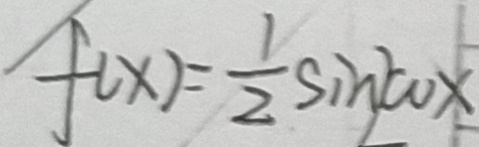
f ( x ) = \frac { 1 } { 2 } \sin w x